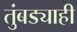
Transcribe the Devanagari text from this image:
तुंबड्याही